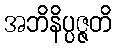
အဘိနိပ္ပဇ္ဇတိ